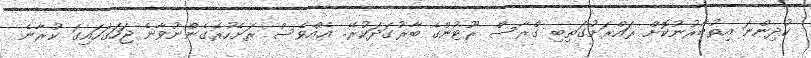
ކުދިންނަ އިތުބާރުނުކޮށް ރައްރަށުގަތިބި ގްރާސް ރޫޓުންގެ ބާރުގަދަކުރޭ.. އެއްވެސް ރަށެހުރެގެންނުވާނެ ޖަހަގަހައިގަ ކުރާނެ